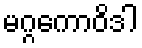
မဂ္ဂကောဝိဒါ